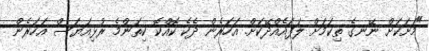
"މަށަކަށް ނޭނގެ ތިކަމަށް ލަފައެއްދޭކަށް. އަހަރެން ދެކެ ކޮއްކޮ ކިތަންމެ ރުޅިއަޔަސް އަހަރެން